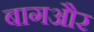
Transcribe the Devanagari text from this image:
बागऔर